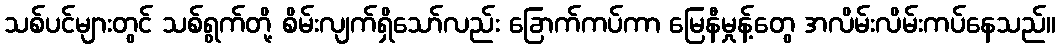
သစ်ပင်များတွင် သစ်ရွက်တို့ စိမ်းလျက်ရှိသော်လည်း ခြောက်ကပ်ကာ မြေနီမှုန့်တွေ အလိမ်းလိမ်းကပ်နေသည်။